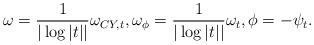
LaTeX: \begin{align*}\omega=\frac{1}{|\log |t||}\omega_{CY,t},\omega_\phi= \frac{1}{|\log |t||}\omega_t, \phi=-\psi_t.\end{align*}